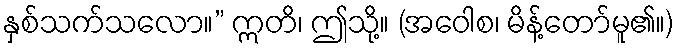
နှစ်သက်သလော။” ဣတိ၊ ဤသို့။ (အဝေါစ၊ မိန့်တော်မူ၏။)